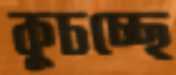
কুচচ্ছে